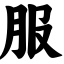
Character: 服